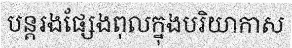
បន្តរងផ្សែងពុលក្នុងបរិយាកាស